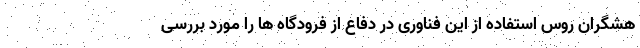
هشگران روس استفاده از این فناوری در دفاع از فرودگاه ها را مورد بررسی